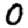
Digit: 0